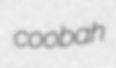
coobah